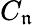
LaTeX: C_{\mathfrak{n}}